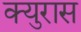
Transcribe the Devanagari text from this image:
क्युरास